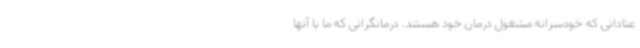
عتادانی که خودسرانه مشغول درمان خود هستند. درمانگرانی که ما با آنها